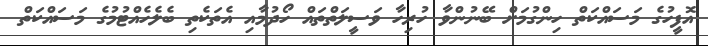
އޮފީހުގެ މަސައްކަތް ހިންގުމަށް ބޭނުންވާ ހުރިހާ ވަސީލަތްތައް ހޯދުމާއި އެތަކެތި ބެލެހެއްޓުމުގެ މަސައްކަތް